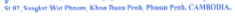
St 92 Sangkat Wat Phnom Khan Daun Penh Phnom Penh CAMBODIA.